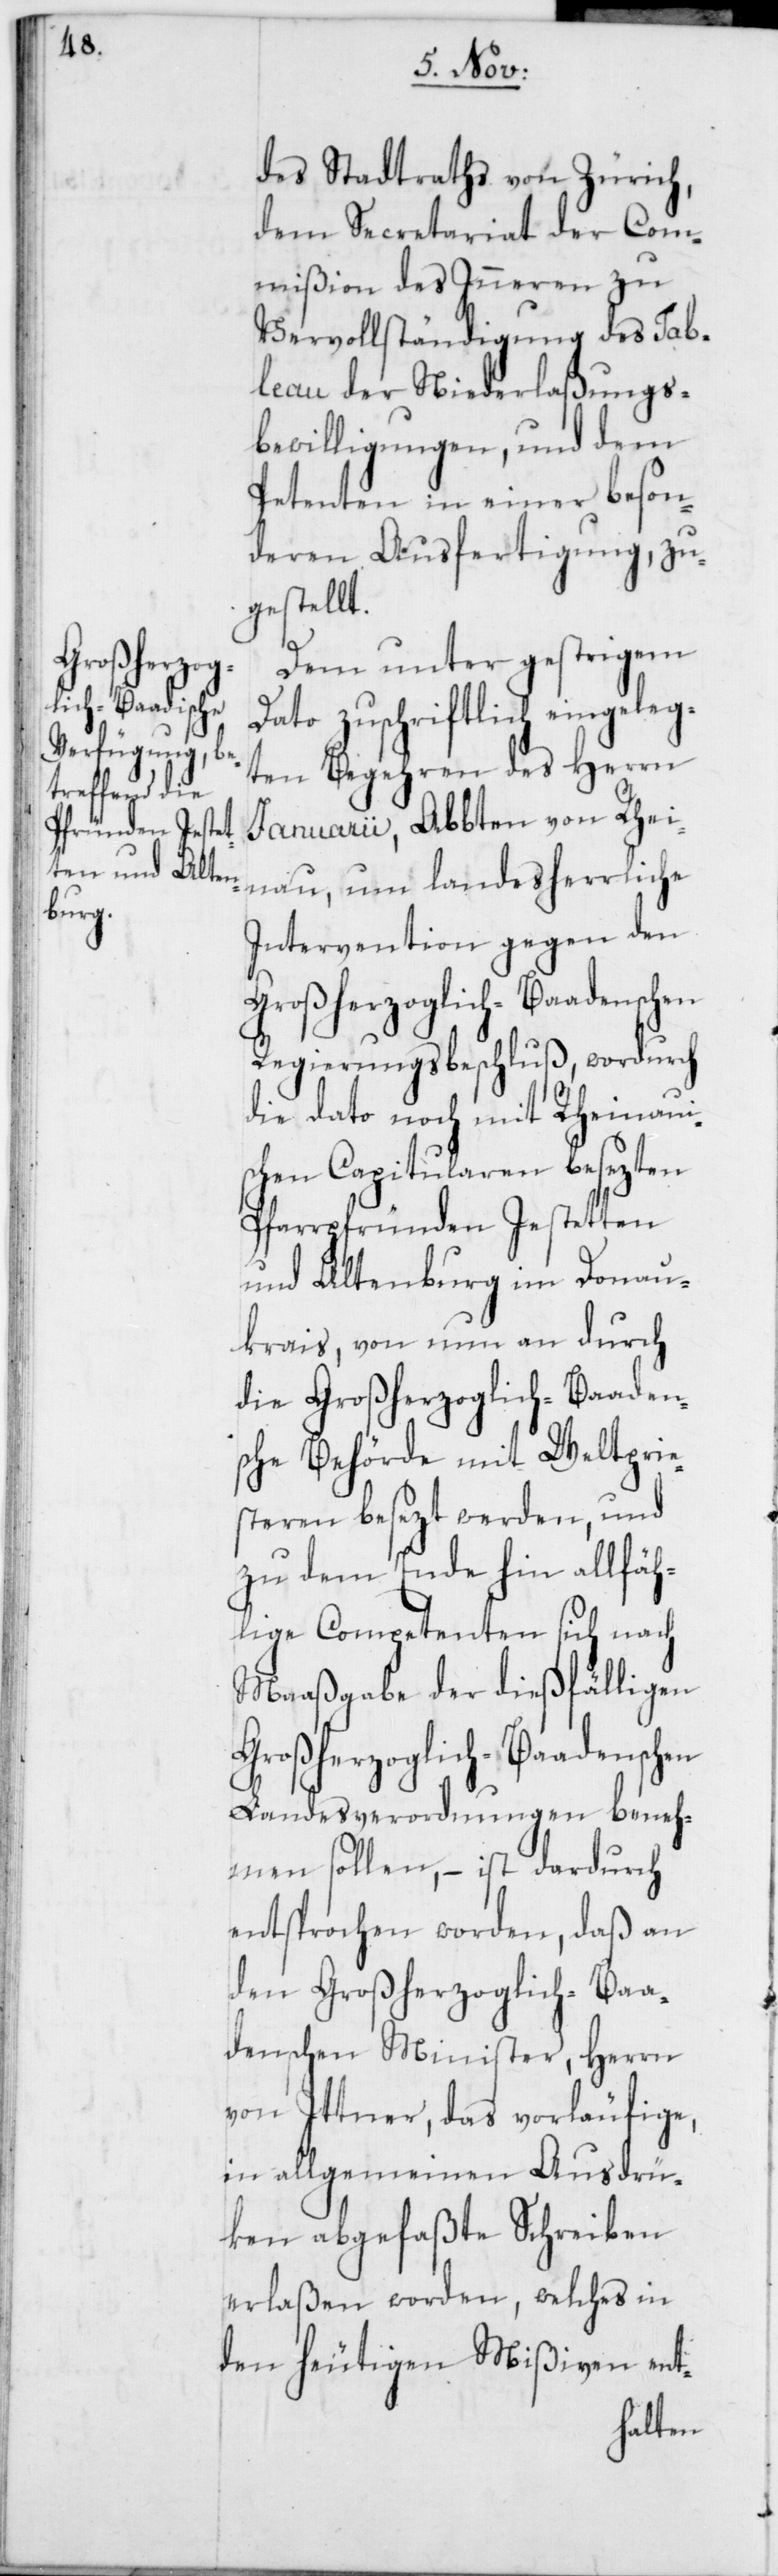
des Stadtrats von Zürich,
dem Secretariat der Com¬
mißion des Inneren zu
Vervollständigung des Tab¬
leau der Niederlaßungs¬
bewilligungen, und dem
Petenten in einer beson¬
deren Ausfertigung, zu¬
gestellt.
Dem unter gestrigem
Dato zuschriftlich eingeleg¬
ten Begehren des Herrn
Januarii, Abbten von Rhei¬
nau, um landesherrliche
Intervention gegen den
Großherzoglich-Baadenschen
Regierungsbeschluß, wordurch
die Dato noch mit Rheinaui¬
schen Capitularen besezten
Pfarrpfründen Jestetten
und Altenburg im Donau¬
krais, von nun an durch
die Großherzoglich-Baaden¬
sche Behörde mit Weltprie¬
steren besezt werden, und
zu dem Ende hin allfäh¬
lige Competenten sich nach
Maaßgabe der dießfälligen
Großherzoglich-Baadenschen
Landesverordnungen beneh¬
men sollen, – ist dardurch
entsprochen worden, daß an
den Großherzoglich-Baa¬
denschen Minister, Herrn
von Ittner, das vorläufige,
in allgemeinen Ausdrü¬
ken abgefaßte Schreiben
erlaßen worden, welches in
den heutigen Mißiven ent-